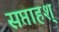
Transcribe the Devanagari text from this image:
सप्ताहश्